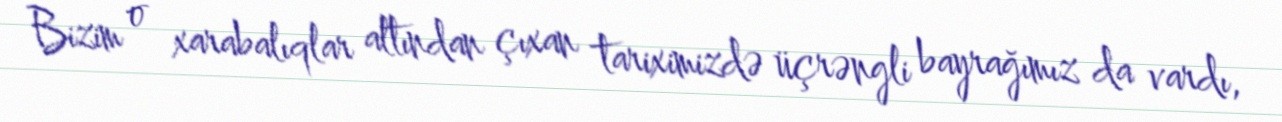
Bizim o xarabalıqlar altından çıxan tariximizdə üçrəngli bayrağımız da vardı,